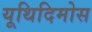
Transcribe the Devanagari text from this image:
यूथिदिमोस